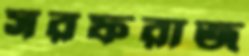
সরফরাজ